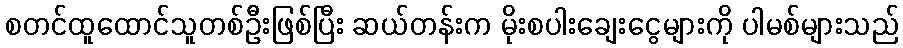
စတင်ထူထောင်သူတစ်ဦးဖြစ်ပြီး ဆယ်တန်းက မိုးစပါးချေးငွေများကို ပါမစ်များသည်